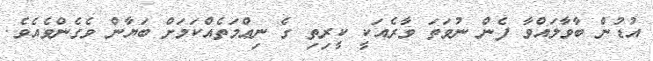
އުޑުން ބާވާލައްވާ ފެން ނުވަތަ ވާރެއަކީ ކީރިތި ގެ ނިޢްމަތެއްކަމަށް ބަޔާން ވެގެންވެއެވެ.